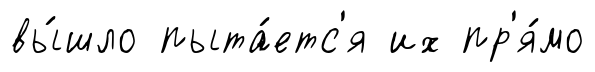
вы́шло пыта́етс'я их пр'я́мо